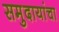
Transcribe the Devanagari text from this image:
समुदायांचा